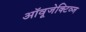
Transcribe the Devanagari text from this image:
ऑवूजेक्टिव्ज